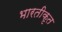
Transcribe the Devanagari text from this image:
भारतीकृत